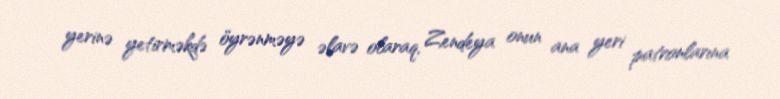
yerinə yetirməkdə öyrənməyə əlavə olaraq, Zendeya onun ana yeri patronlarına